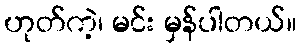
ဟုတ်ကဲ့၊ မင်း မှန်ပါတယ်။